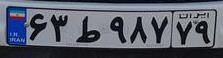
۶۳ط۹۸۷۷۹